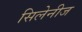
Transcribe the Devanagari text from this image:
सिलेनीज